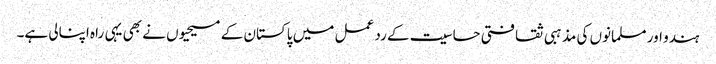
ہندو اور مسلمانوں کی مذہبی ثقافتی حساسیت کے رد عمل میں پاکستان کے مسیحیوں نے بھی یہی راہ اپنالی ہے۔